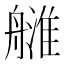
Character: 𦪉